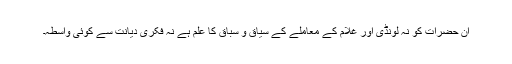
ان حضرات کو نہ لونڈی اور غلام کے معاملے کے سیاق و سباق کا علم ہے نہ فکری دیانت سے کوئی واسطہ۔